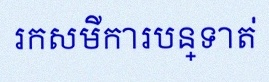
រកសមីការបន្ទាត់